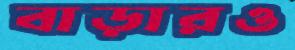
বাড়ারও